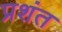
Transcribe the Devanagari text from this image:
प्रशंत